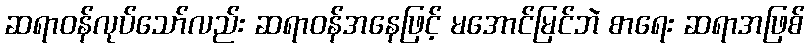
ဆရာဝန်လုပ်သော်လည်း ဆရာဝန်အနေဖြင့် မအောင်မြင်ဘဲ စာရေး ဆရာအဖြစ်